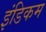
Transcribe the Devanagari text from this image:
इंडिकम